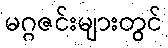
မဂ္ဂဇင်းများတွင်